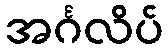
အင်္ဂလိပ်